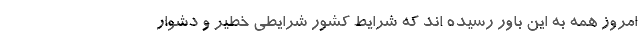
امروز همه به این باور رسیده اند که شرایط کشور شرایطی خطیر و دشوار